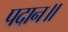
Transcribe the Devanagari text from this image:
पदान॥